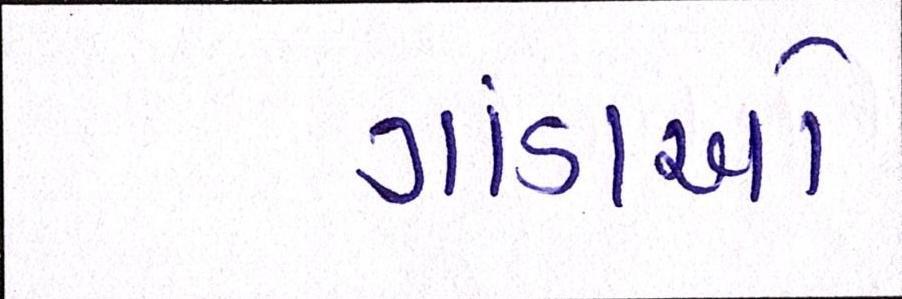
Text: ગાંડાઓ